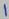
Text: 1